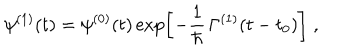
\psi ^ { ( 1 ) } ( t ) = \psi ^ { ( 0 ) } ( t ) \exp \left[ - \frac { 1 } { \hbar } \, \Gamma ^ { ( 1 ) } ( t - t _ { 0 } ) \right] \; ,